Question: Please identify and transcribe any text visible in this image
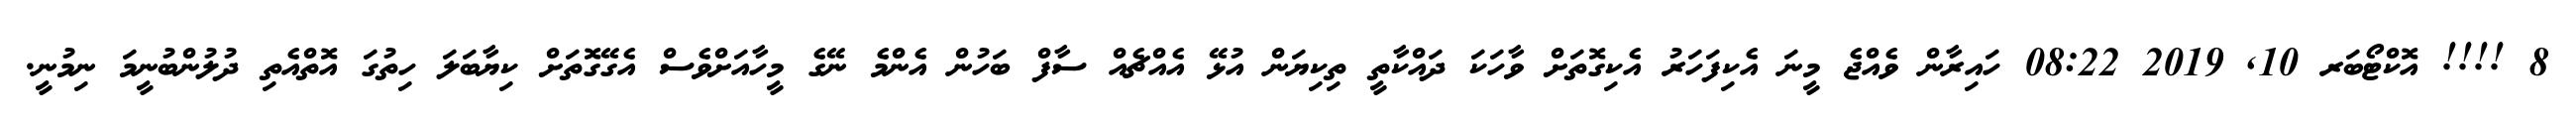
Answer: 8 !!!! އޮކްޓޯބަރ 10, 2019 08:22 ހައިރާން ވެއްޖެ މީނަ އެކިފަހަރު އެކިގޮތަށް ވާހަކަ ދައްކާތީ ތިކިޔަން އުޅޭ އެއްޗެއް ސާފް ބަހުން އެންމެ ނޭގެ މީހާއަށްވެސް އެގޭގޮތަށް ކިޔާބަލަ ހިތުގަ އޮތްއެތި ދުލުންބުނީމަ ނިމުނީ.